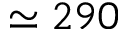
\simeq 2 9 0